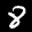
Digit: 8